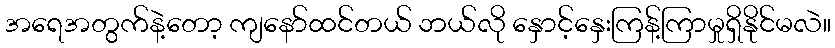
အရေအတွက်နဲ့တော့ ကျနော်ထင်တယ် ဘယ်လို နှောင့်နှေးကြန့်ကြာမှုရှိနိုင်မလဲ။